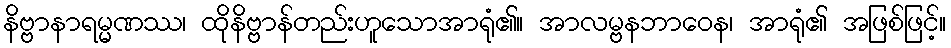
နိဗ္ဗာနာရမ္မဏဿ၊ ထိုနိဗ္ဗာန်တည်းဟူသောအာရုံ၏။ အာလမ္ဗနဘာဝေန၊ အာရုံ၏ အဖြစ်ဖြင့်။